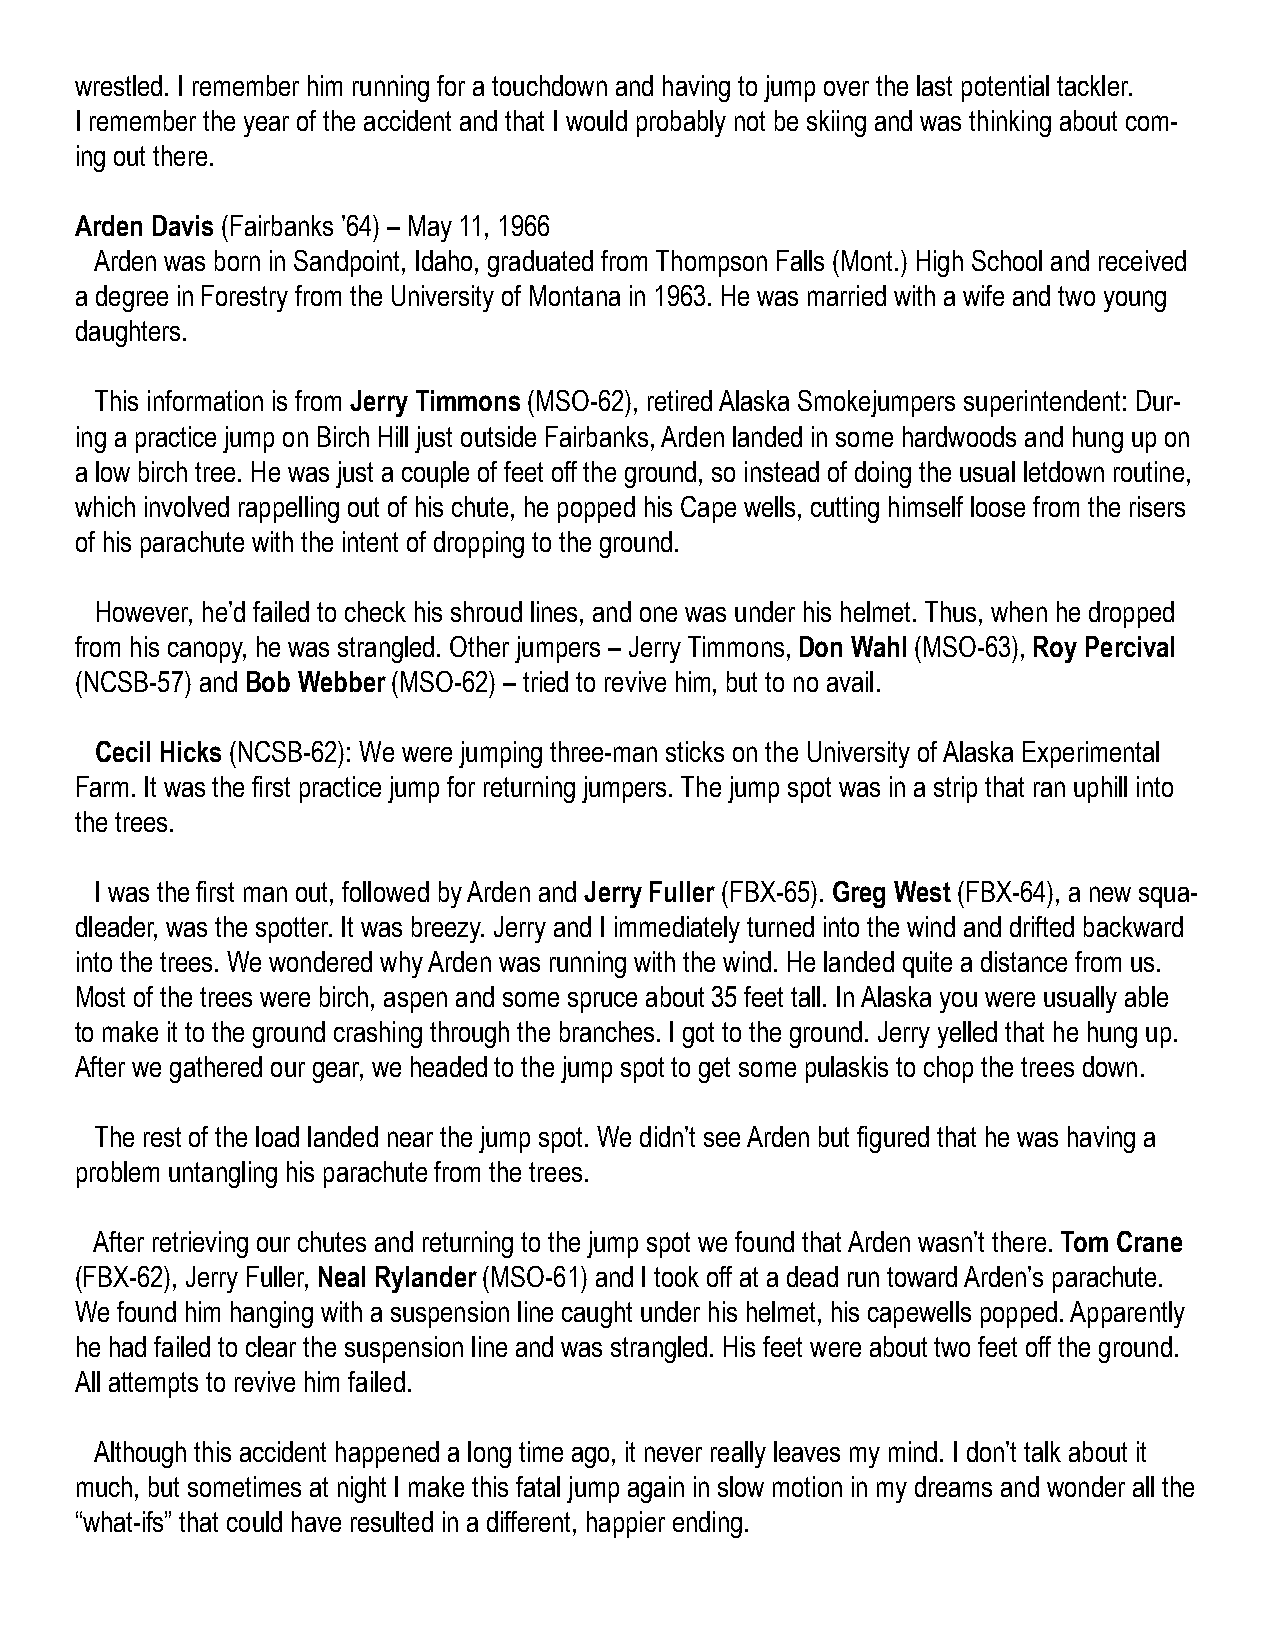
wrestled. I remember him running for a touchdown and having to jump over the last potential tackler.
 I remember the year of the accident and that I would probably not be skiing and was thinking about com-
 ing out there.
 Arden Davis (Fairbanks ’64) – May 11, 1966
 Arden was born in Sandpoint, Idaho, graduated from Thompson Falls (Mont.) High School and received
 a degree in Forestry from the University of Montana in 1963. He was married with a wife and two young
 daughters.
 This information is from Jerry Timmons (MSO-62), retired Alaska Smokejumpers superintendent: Dur-
 ing a practice jump on Birch Hill just outside Fairbanks, Arden landed in some hardwoods and hung up on
 a low birch tree. He was just a couple of feet off the ground, so instead of doing the usual letdown routine,
 which involved rappelling out of his chute, he popped his Cape wells, cutting himself loose from the risers
 of his parachute with the intent of dropping to the ground.
 However, he’d failed to check his shroud lines, and one was under his helmet. Thus, when he dropped
 from his canopy, he was strangled. Other jumpers – Jerry Timmons, Don Wahl (MSO-63), Roy Percival
 (NCSB-57) and Bob Webber (MSO-62) – tried to revive him, but to no avail.
 Cecil Hicks (NCSB-62): We were jumping three-man sticks on the University of Alaska Experimental
 Farm. It was the first practice jump for returning jumpers. The jump spot was in a strip that ran uphill into
 the trees.
 I was the first man out, followed by Arden and Jerry Fuller (FBX-65). Greg West (FBX-64), a new squa-
 dleader, was the spotter. It was breezy. Jerry and I immediately turned into the wind and drifted backward
 into the trees. We wondered why Arden was running with the wind. He landed quite a distance from us.
 Most of the trees were birch, aspen and some spruce about 35 feet tall. In Alaska you were usually able
 to make it to the ground crashing through the branches. I got to the ground. Jerry yelled that he hung up.
 After we gathered our gear, we headed to the jump spot to get some pulaskis to chop the trees down.
 The rest of the load landed near the jump spot. We didn’t see Arden but figured that he was having a
 problem untangling his parachute from the trees.
 After retrieving our chutes and returning to the jump spot we found that Arden wasn’t there. Tom Crane
 (FBX-62), Jerry Fuller, Neal Rylander (MSO-61) and I took off at a dead run toward Arden’s parachute.
 We found him hanging with a suspension line caught under his helmet, his capewells popped. Apparently
 he had failed to clear the suspension line and was strangled. His feet were about two feet off the ground.
 All attempts to revive him failed.
 Although this accident happened a long time ago, it never really leaves my mind. I don’t talk about it
 much, but sometimes at night I make this fatal jump again in slow motion in my dreams and wonder all the
 “what-ifs” that could have resulted in a different, happier ending.